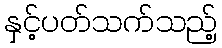
နှင့်ပတ်သက်သည့်